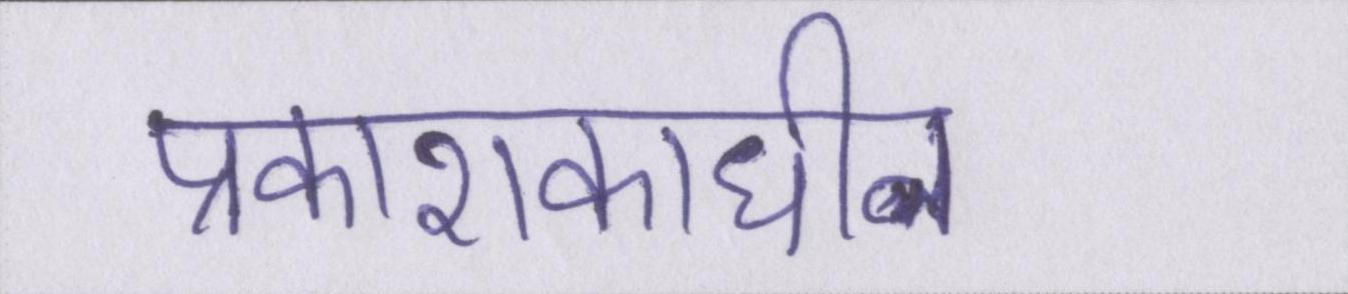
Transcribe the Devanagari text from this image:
प्रकाशकाधीन